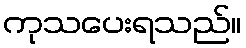
ကုသပေးရသည်။